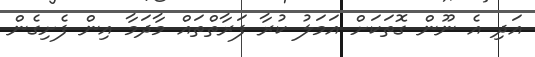
އަދި އެ ނޫން ގޮތަކަށް އަމަލު ކުރާ ފަރާތްތައް މާދަމާ އިން ފެށިގެން